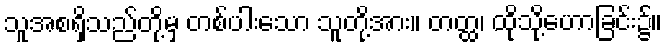
သူအစရှိသည်တို့မှ တစ်ပါးသော သူတို့အား။ တတ္ထ၊ ထိုသို့ဟောခြင်း၌။